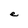
Character: e